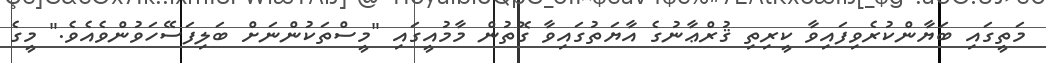
މަތީގައި ބަޔާންކުރެވިފައިވާ ކީރިތި ޤުރްޢާނުގެ އާޔަތުގައިވާ ގޮތުން މާމުއީގައި "މީސްތަކުންނަށް ބަލިފަސޭހަވުންވެއެވެ." މީގެ